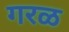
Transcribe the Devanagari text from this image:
गरळ